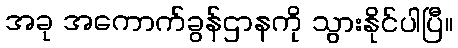
အခု အကောက်ခွန်ဌာနကို သွားနိုင်ပါပြီ။